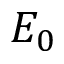
E _ { 0 }